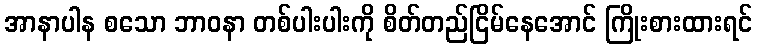
အာနာပါန စသော ဘာဝနာ တစ်ပါးပါးကို စိတ်တည်ငြိမ်နေအောင် ကြိုးစားထားရင်